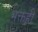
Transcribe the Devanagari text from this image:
भक्तही